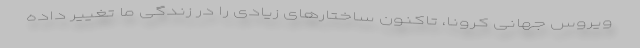
ویروس جهانی کرونا، تاکنون ساختارهای زیادی را در زندگی ما تغییر داده